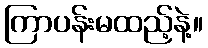
ကြာပန်းမထည့်နဲ့။